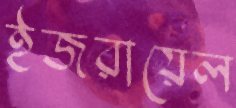
ইজরায়েল